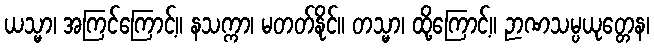
ယသ္မာ၊ အကြင်ကြောင့်။ နသက္ကာ၊ မတတ်နိုင်။ တသ္မာ၊ ထို့ကြောင့်။ ဉာဏသမ္ပယုတ္တေန၊